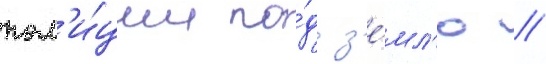
пол'и́ции по́д з'е́мл'ю //